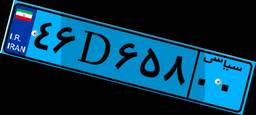
۴۶D۶۵۸۰۰